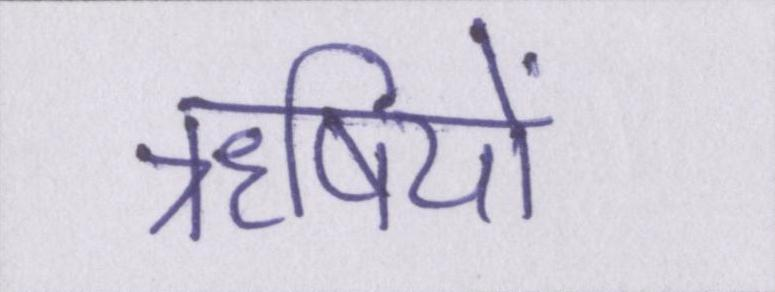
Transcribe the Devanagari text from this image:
ॠषियों